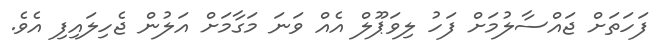
ފަހަތަށް ޖައްސާލުމަށް ފަހު ލިވަޕޫލް އެއް ވަނަ މަގާމަށް އަލުން ޖެހިލައިފި އެވެ.